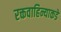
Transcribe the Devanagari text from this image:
रक्तवाहिन्याकडे